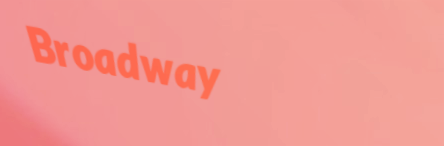
Broadway